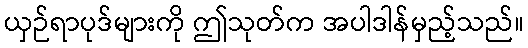
ယှဉ်ရာပုဒ်များကို ဤသုတ်က အပါဒါန်မှည့်သည်။